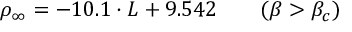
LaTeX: \rho _ { \infty } = - 1 0 . 1 \cdot L + 9 . 5 4 2 \qquad ( \beta > \beta _ { c } )